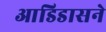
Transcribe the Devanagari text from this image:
आडिडासने